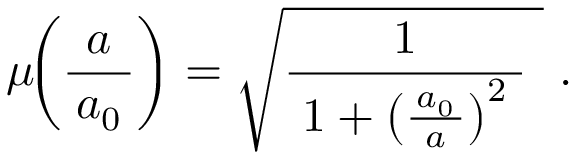
\mu \! \! \left( { \frac { a } { \, a _ { 0 } \, } } \right) = { \sqrt { { \frac { 1 } { \; 1 + \left( { \frac { \, a _ { 0 } \, } { a } } \right) ^ { 2 } \; } } ~ } } ~ .